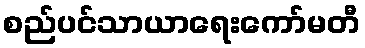
စည်ပင်သာယာရေးကော်မတီ